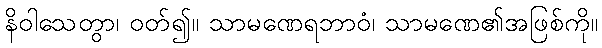
နိဝါသေတွာ၊ ဝတ်၍။ သာမဏေရဘာဝံ၊ သာမဏေ၏အဖြစ်ကို။